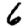
Digit: 6